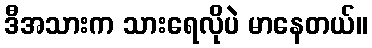
ဒီအသားက သားရေလိုပဲ မာနေတယ်။